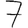
Digit: 7